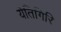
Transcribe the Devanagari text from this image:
येतिगिरि